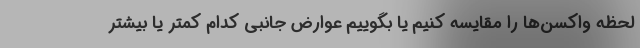
لحظه واکسن‌ها را مقایسه کنیم یا بگوییم عوارض جانبی کدام کمتر یا بیشتر